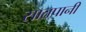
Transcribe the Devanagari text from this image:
सातपानी